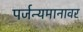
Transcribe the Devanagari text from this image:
पर्जन्यमानावर